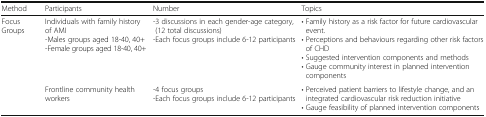
| Method | Participants | Number | Topics |
 | --- | --- | --- | --- |
 | Focus Groups | Individuals with family history of AMI-Males groups aged 18-40, 40+-Female groups aged 18-40, 40+ | -3 discussions in each gender-age category, (12 total discussions)-Each focus groups include 6-12 participants | • Family history as a risk factor for future cardiovascular event.• Perceptions and behaviours regarding other risk factors of CHD• Suggested intervention components and methods• Gauge community interest in planned intervention components |
 |  | Frontline community health workers | -4 focus groups-Each focus groups include 6-12 participants | • Perceived patient barriers to lifestyle change, and an integrated cardiovascular risk reduction initiative• Gauge feasibility of planned intervention components |